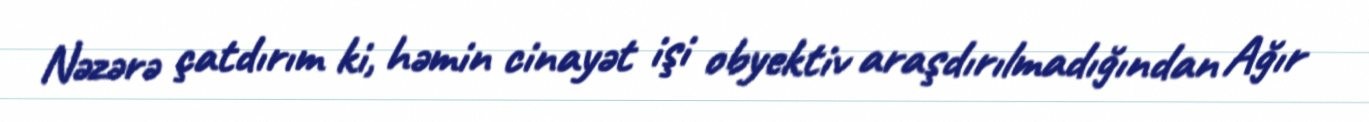
Nəzərə çatdırım ki, həmin cinayət işi obyektiv araşdırılmadığından Ağır